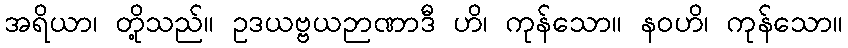
အရိယာ၊ တို့သည်။ ဥဒယဗ္ဗယဉာဏာဒီ ဟိ၊ ကုန်သော။ နဝဟိ၊ ကုန်သော။